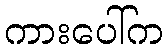
ကားပေါ်က